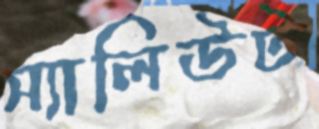
স্যালিউট